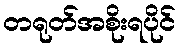
တရုတ်အစိုးရပိုင်